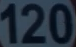
120